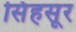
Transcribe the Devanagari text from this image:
सिंहसूर